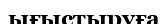
ығыстыруға